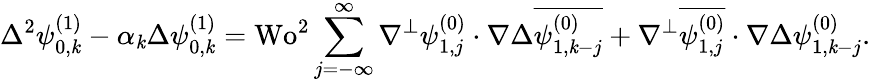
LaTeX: \Delta^{2}\psi_{0,\mathit{k}}^{(1)}-\alpha_{\mathit{k}}\Delta\psi_{0,\mathit{k}}^{(1)}=\textrm{{Wo}}^{2}\sum_{j=-\infty}^{\infty}\nabla^{\perp}\psi_{1,j}^{(0)}\cdot\nabla\Delta\overline{{{\psi_{1,\mathit{k}-j}^{(0)}}}}+\nabla^{\perp}\overline{{{\psi_{1,j}^{(0)}}}}\cdot\nabla\Delta\psi_{1,\mathit{k}-j}^{(0)}.